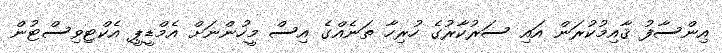
އިންސާފު ޤާއިމުކުރަން އައި ސަރުކާރުގެ ހުރިހާ ތަނެއްގެ އިސް މީހުންނަށް އެމްޑީޕީ އެކްޓިވިސްޓުން